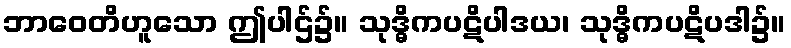
ဘာဝေတိဟူသော ဤပါဌ်၌။ သုဒ္ဓိကပဋိပါဒယ၊ သုဒ္ဓိကပဋိပဒါ၌။